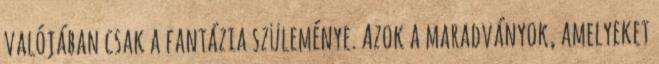
valójában csak a fantázia szüleménye. Azok a maradványok, amelyeket